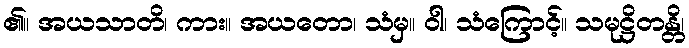
၏။ အယသာတိ၊ ကား။ အယတော၊ သံမှ။ ဝါ၊ သံကြောင့်။ သမုဋ္ဌိတန္တိ၊